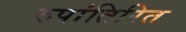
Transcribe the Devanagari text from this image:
रुपांतिरित